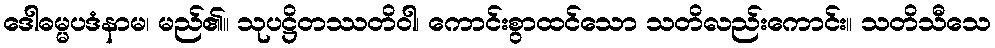
ဒေါဓမ္မပဒံနာမ၊ မည်၏။ သုပဋ္ဌိတဿတိဝါ၊ ကောင်းစွာထင်သော သတိလည်းကောင်း။ သတိသီသေ